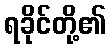
ရခိုင်တို့၏